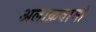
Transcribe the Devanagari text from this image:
अलाक़वामी